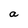
Character: a